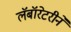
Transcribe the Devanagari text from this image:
लॅबॉरेटरीने